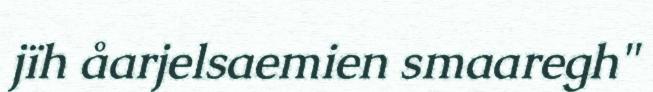
jïh åarjelsaemien smaaregh"